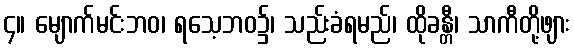
၄။ မျောက်မင်းဘဝ၊ ရသေ့ဘဝ၌၊ သည်းခံရမည်၊ ထိုခန္တီ၊ သာကီတို့ဖျား